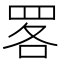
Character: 𦊲